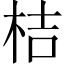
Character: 桔